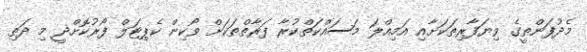
މެދުފަންތީގެ ވިޔަފާރިތަކަށާއި އަމިއްލަ މަސައްކަތްކުރާ ފަރާތްތަކަށް ވޯކިން ކެޕިޓަލް ފޯރުކޮށްދީ މި ދަތި